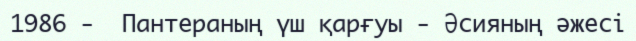
1986 -  Пантераның үш қарғуы - Әсияның әжесі